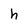
Character: h